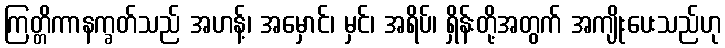
ကြတ္တိကာနက္ခတ်သည် အဟန့်၊ အမှောင်၊ မှင်၊ အရိပ်၊ ရှိန်းတို့အတွက် အကျိုးပေးသည်ဟု